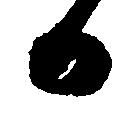
日